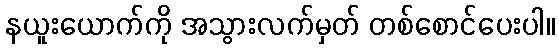
နယူးယောက်ကို အသွားလက်မှတ် တစ်စောင်ပေးပါ။